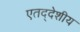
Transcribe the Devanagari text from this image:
एतद्‍देशीय